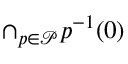
\cap _ { p \in { \mathcal { P } } } p ^ { - 1 } ( 0 )